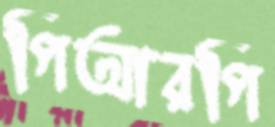
পিআরপি